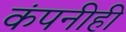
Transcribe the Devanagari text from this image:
कंपनीही